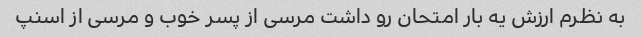
به نظرم ارزش یه بار امتحان رو داشت مرسی از پسر خوب و مرسی از اسنپ